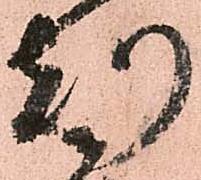
刻